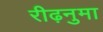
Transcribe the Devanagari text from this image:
रीढ़नुमा